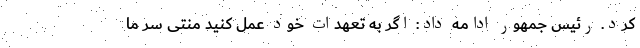
کرد. رئیس جمهور ادامه داد: اگر به تعهدات خود عمل کنید منتی سر ما